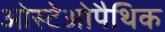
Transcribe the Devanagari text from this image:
ओस्टेओपैथिक